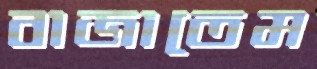
বাজাতেম